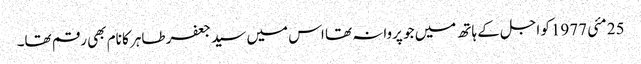
25 مئی 1977کو اجل کے ہاتھ میں جو پروانہ تھا اس میں سید جعفر طاہر کا نام بھی رقم تھا۔